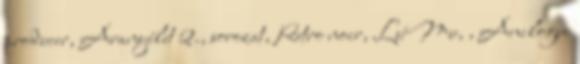
producer, Aranyélet 2., sorozat, Retro noir, LuMu, , Anilogue